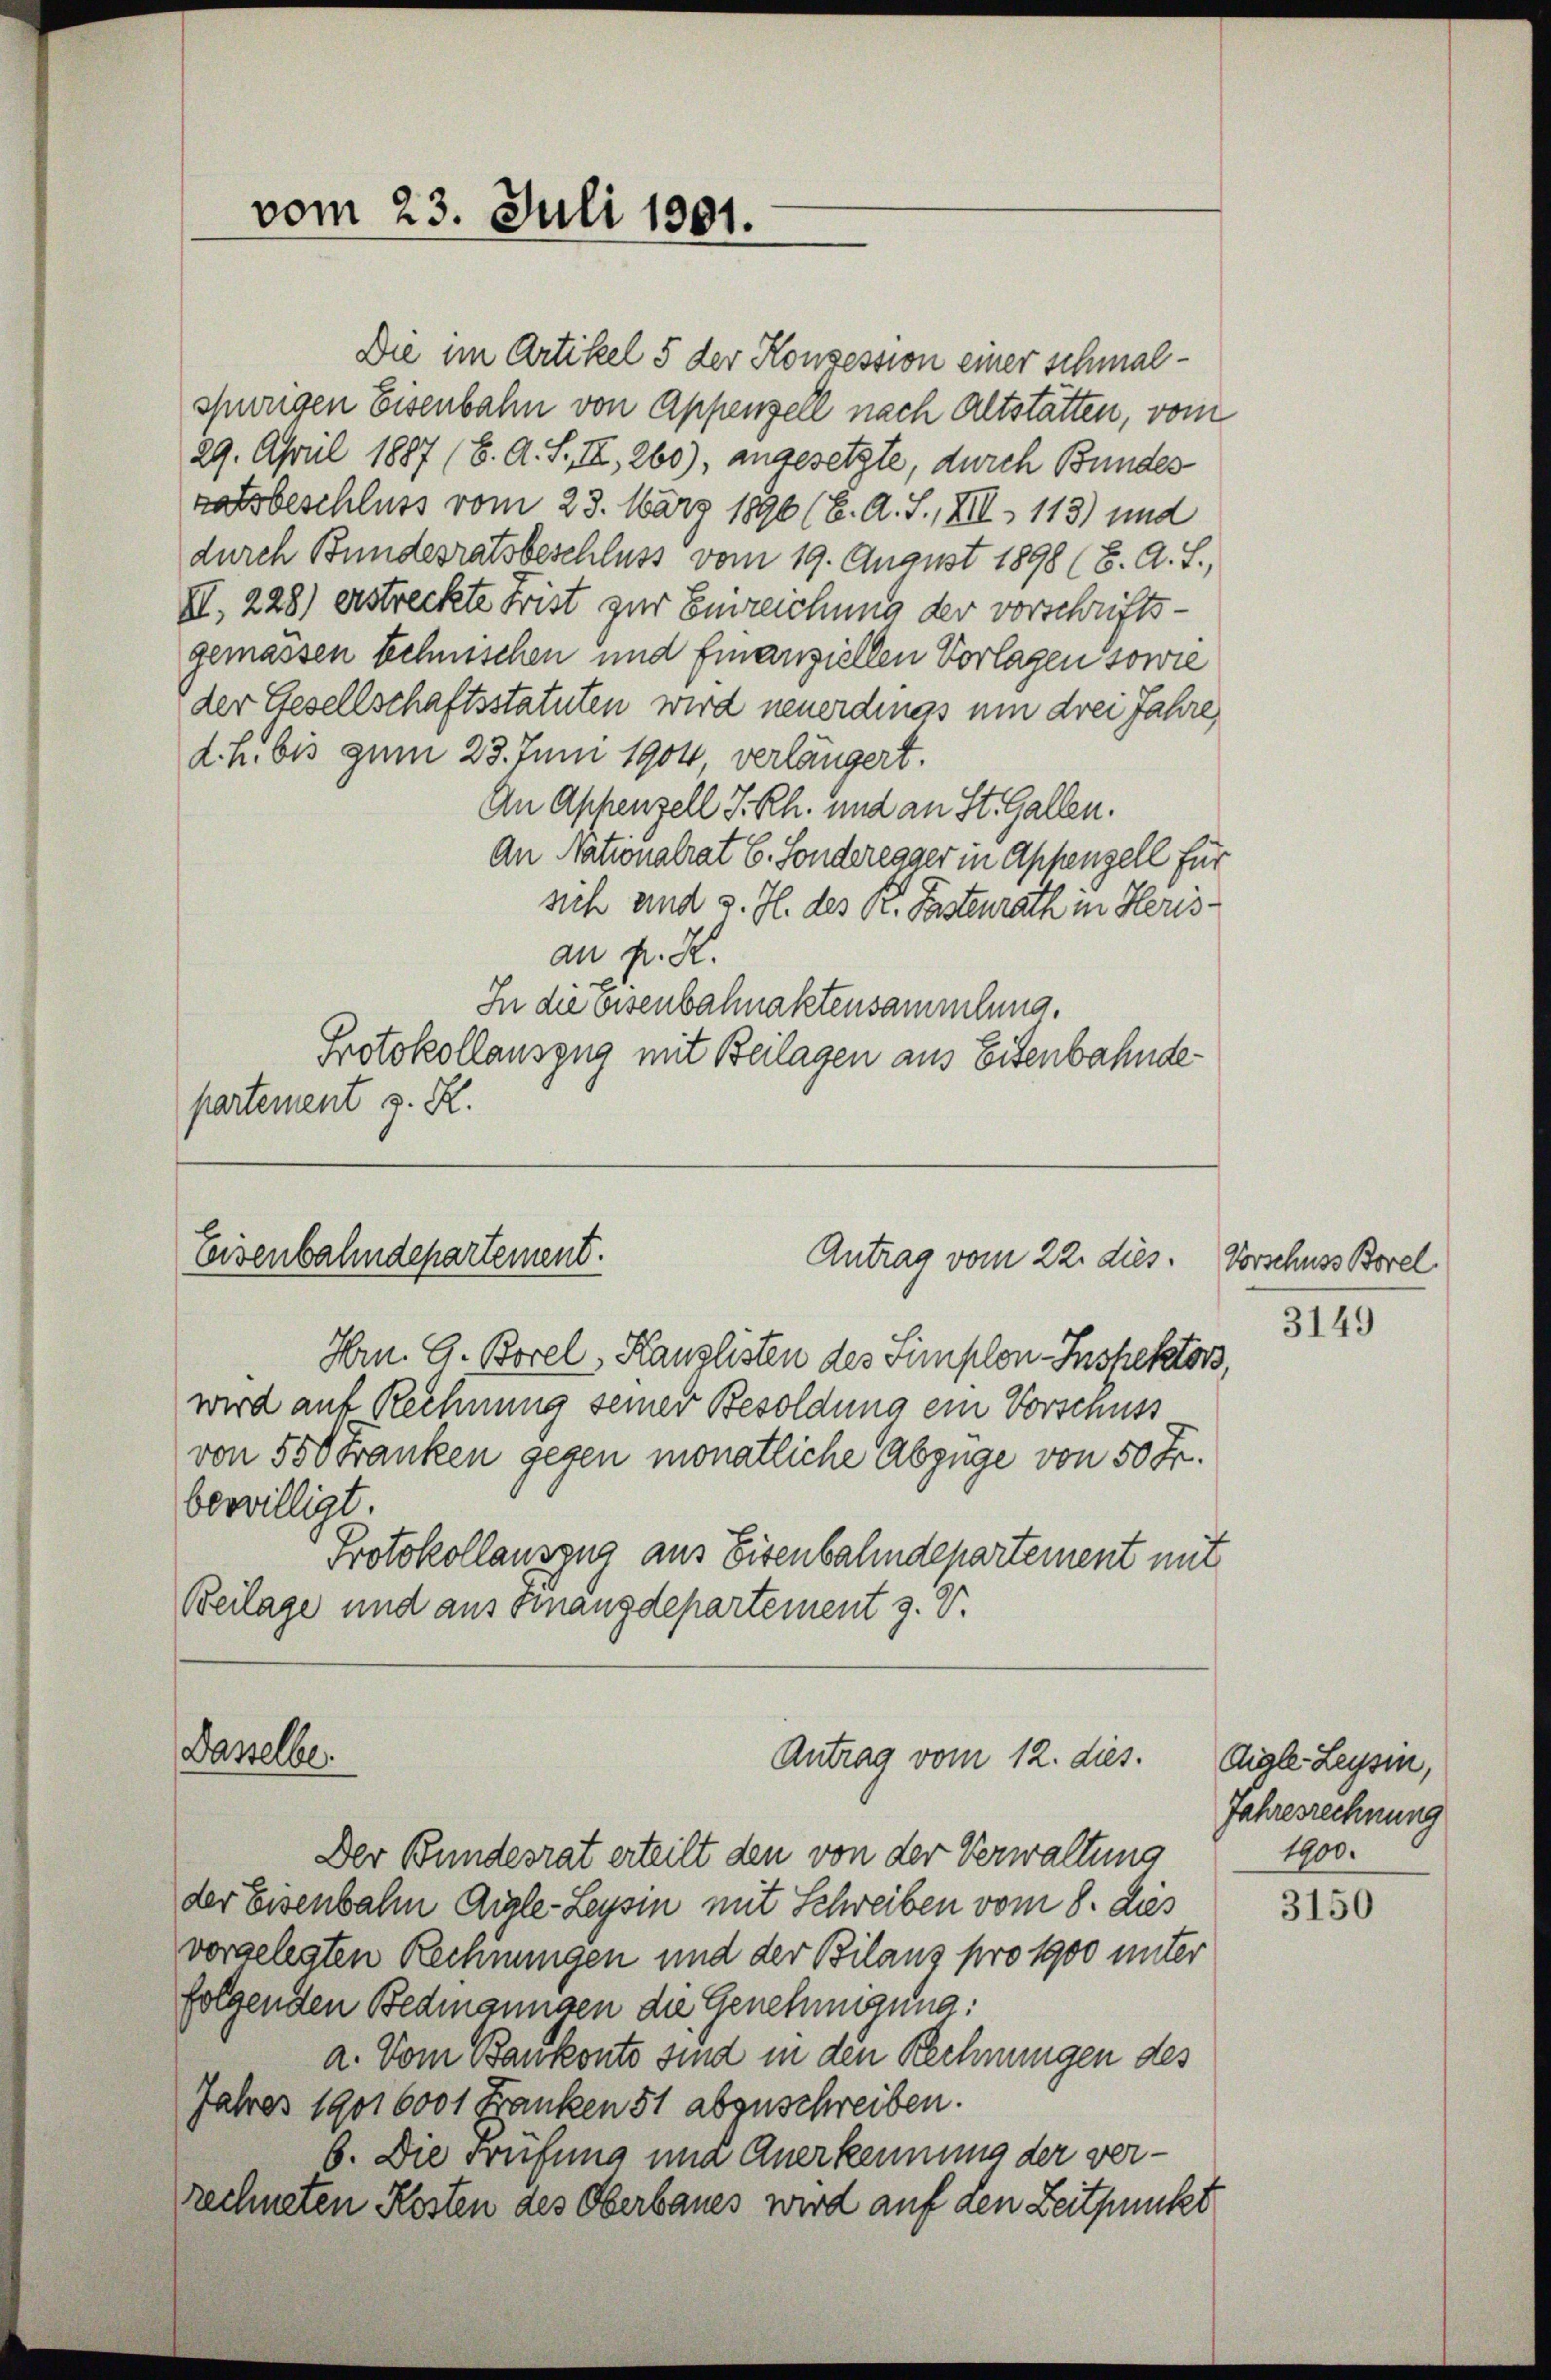
Die im Artikel 5 der Konsession einer schmalspurigen Eisenbahn von Appenzell nach Altstatten, vom
29. April 1887 (6. A. S. II, 260), angesetzte, durch Bundes
ratsbeschluss vom 23. März 1890 (E. A. S., XII 113) und
durch Bundesratsbeschluss vom 19. August 1898 (8. d. J.,
II. 228) erstreckte Frist zur Einreichung der vorschriftsgemässen technischen und finanziellen Vorlagen sowie
der Gesellschaftsstatuten wird neuerdings um drei Jahre,
d. h. bis zum 23. Juni 1904 verlängert.
An Aschenzell I.Rh. und an St. Gallen.
An Nationalrat E. Sonderegger in Appenzell für
sich und v. J. des R. Fastenrath in Herisan Fr. K.
In die Eisenbahnaktensammlung.
Protokollauszug mit Beilagen aus Eisenbahnde
partement z. R.

Hrn. G. Borel, Kanzlisten des Simplen-Inspektors
wird auf Rechnung seiner Besoldung ein Vorschuss
von 550 Franken gegen monatliche Abzüge von 50 Fr.
bewilligt.
Protokollauszug aus Eisenbahndepartement mit
Beilage und aus Finanzdepartement z. V.

vom 23. Juli 1801.

Eisenbahndepartement.
Antrag vom 22. dies.

Dasselbe

Antrag vom 12. dies.

Der Bundesrat erteilt den von der Verwaltung
der Eisenbahn Aigle-Leysin mit Schreiben vom 8. dies
vorgelegten Rechnungen und der Bilanz pro 1900 unter
folgenden Bedmannsen die Genehmigung.
a. Vom Bankonto sind in den Rechnungen des
Jahres 1901 6000 Franken 51 abzuschreiben.
6. Die Prüfung und Anerkennung der verrechneten Kosten des Oberbaues wird auf den Zeitpunkt

Vorschuss Borel.
3149

Aigle - Leysin,
Jahresrechnung
1900.

3150